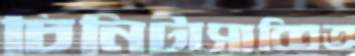
চিনিটাসাব্বিত